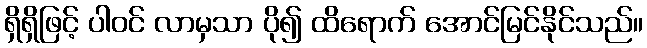
ရှိရှိဖြင့် ပါဝင် လာမှသာ ပို၍ ထိရောက် အောင်မြင်နိုင်သည်။